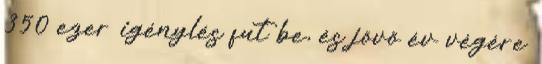
350 ezer igénylés fut be, és jövő év végére